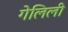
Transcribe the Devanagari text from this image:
गेलिली